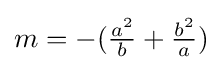
m=-({\tfrac {a^{2}}{b}}+{\tfrac {b^{2}}{a}})